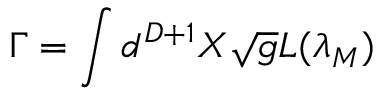
\Gamma = \Huge \int \large d ^ { D + 1 } X \sqrt { g } L ( { \lambda } _ { M } )